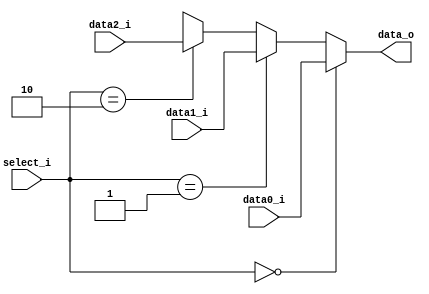
//0713216

//Subject:     CO project 2 - MUX 321
//--------------------------------------------------------------------------------
//Version:     1
//--------------------------------------------------------------------------------
//Writer:      Luke
//----------------------------------------------
//----------------------------------------------
//Description: 
//--------------------------------------------------------------------------------
     
module MUX_3to1(
               data0_i,
               data1_i,
               data2_i,
               select_i,
               data_o
               );
			
//I/O ports               
input   [32-1:0] data0_i;          
input   [32-1:0] data1_i;
input   [32-1:0] data2_i;
input   [1:0]    select_i;

output  [32-1:0] data_o; 

//Internal Signals
wire     [32-1:0] data_o;

//Main function
assign data_o = (select_i == 2'b00) ?  data0_i : 
                           (select_i == 2'b01) ? data1_i :
                           (select_i == 2'b10) ? data2_i : 32'bx;     

endmodule